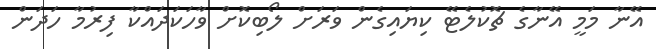
އޭނާ މަމީ އޭނާގެ ޗޮކުލެޓޭ ކިޔައިގެން ވަރަށް ލޯބިކޮށް ވާހަކަދައްކާ ފިރުމާ ހަދަން